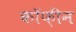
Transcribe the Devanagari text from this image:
कॉफ़ीन